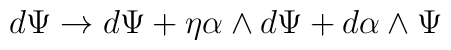
d\Psi \rightarrow d\Psi + \eta \alpha \wedge d\Psi + d\alpha \wedge \Psi